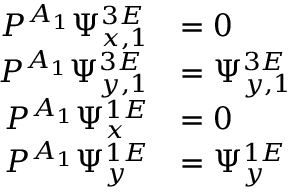
\begin{array} { r } { \begin{array} { r l } { P ^ { A _ { 1 } } \Psi _ { x , 1 } ^ { 3 E } } & { = 0 } \\ { P ^ { A _ { 1 } } \Psi _ { y , 1 } ^ { 3 E } } & { = \Psi _ { y , 1 } ^ { 3 E } } \\ { P ^ { A _ { 1 } } \Psi _ { x } ^ { 1 E } } & { = 0 } \\ { P ^ { A _ { 1 } } \Psi _ { y } ^ { 1 E } } & { = \Psi _ { y } ^ { 1 E } } \end{array} } \end{array}